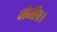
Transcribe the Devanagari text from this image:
अंजीर।